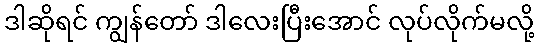
ဒါဆိုရင် ကျွန်တော် ဒါလေးပြီးအောင် လုပ်လိုက်မလို့